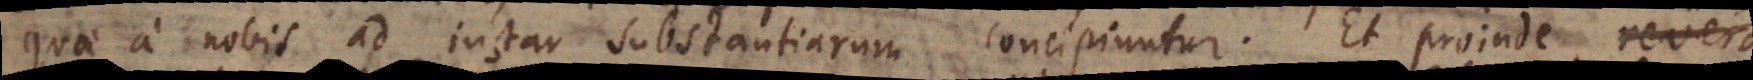
quae a nobis ad instar substantiarum concipiuntur. Et proinde revera